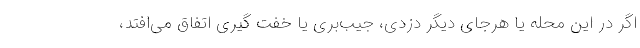
اگر در این محله یا هرجای دیگر دزدی، جیب‌بری یا خفت گیری اتفاق می‌افتد،